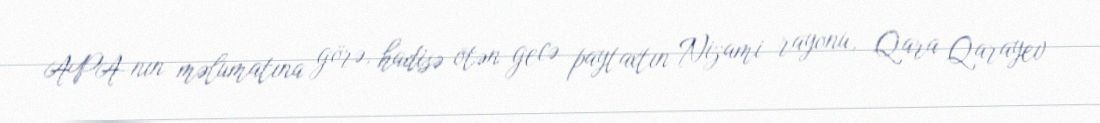
APA-nın məlumatına görə, hadisə ötən gecə paytaxtın Nizami rayonu, Qara Qarayev